Kloostri_vallavalitsus, lk 29
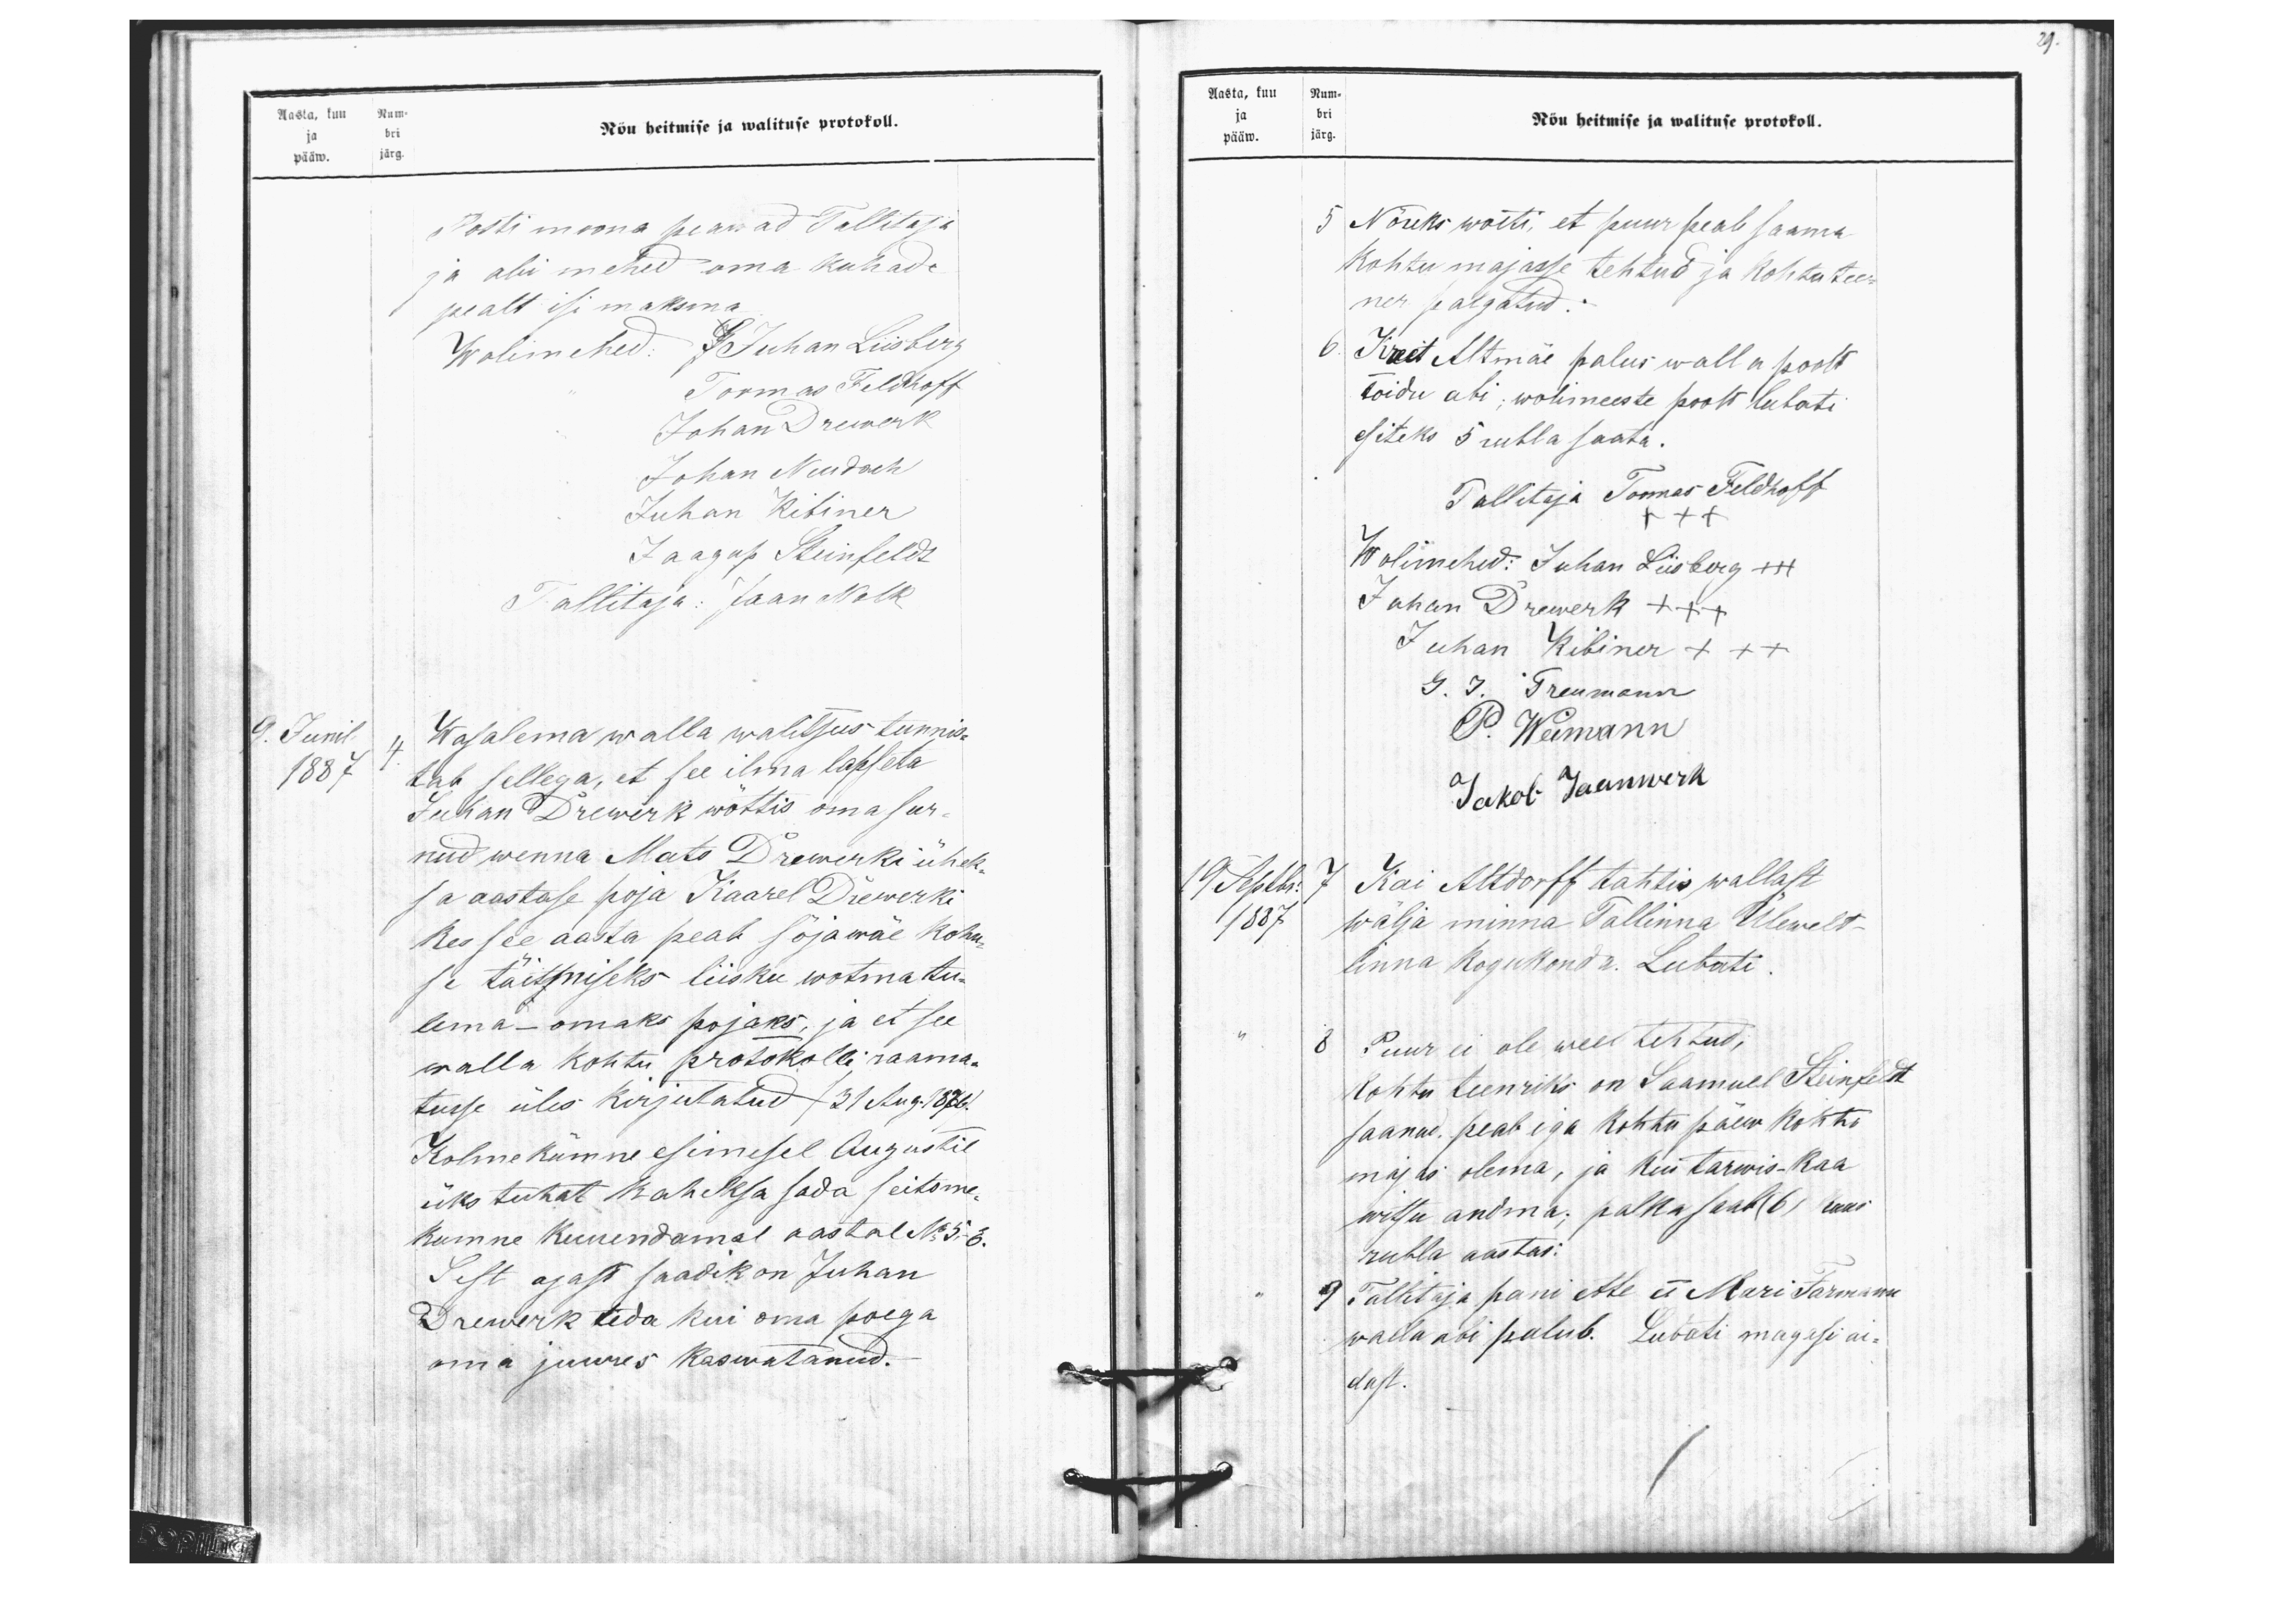
Aasta, kuu Num-
Nõu heitmise ja walituse protokoll.
ja bri
pääw. järg.
Posti moona peawad Tallitaja
ja abi mehed oma kuhade
pealt isi maksma
Wolimehed: J Juhan Liisberg
Tormas Feldhoff
Johan Orewerk
Johan Neudach
Juhan Kibiner
Jaagup Heinfeldt
Tallitaja: Jaan Nalk
9. Junil
Wasalema walla walitsus tunnis-
1887.
tab sellega, et see ilma lapseta
Juhan Drewerk wõttis oma sur-
nud wenna Mats Drewerki üheks
sa aastase poja Kaarel Drewerki
Kes see aasta peab sõjawäe kohu-
se täitmiseks liisku wõtma tu-
lema - omaks pojaks, ja et see
walla kohtu protokolli raama-
tusse üles kirjutatud (31 Aug. 1886)
Kolme kümne esimesel Augustil
üks tuhat kaheksa sada seitsme
kumne kuuendamal aastal No 5-6.
Sest ajast saadik on Juhan
Drewerk teda kui oma poega
oma juures kaswatanud.

Aasta, kuu Num-
ja bri
pääw. järg.
Nõu heitmise ja walituse protokoll.
5 Nõuks woeti, et puur peab saama
kohtu majasse tehtud ja kohtu tee-
ner palgatud.
6. Kreet Altmäe palus walla poolt
toidu abi, wolimeeste poolt lubati
esiteks 5 rubla saata.
Tallitaja Toomas Feldhoff
+++
Wolimehed: Juhan Liisberg +++
Juhan Drewerk +++
Juhan Kibiner +++
G. I. Treumann
P. Weimann
Jakob Jaanwerk
19 Septbr.
7 Kai Altdorff tahtis wallast
1887
wälja minna Tallinna Ülewelt-
linna kogukonda. Lubati.
8 Puur ei ole weel tehtud;
Kohtu teenriks on Saamuel Steinfeldt
saanud peab iga kohtu päew kohto
majas olema, ja kui tarwis-kaa
witsu andma; palka saab (6) kuus
rubla aastas.
9 Tallitaja pani ette et Mari Farmann
walla abi palub. Lubati magasi ai-
dast.